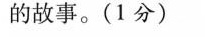
的故事。(1分)